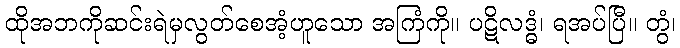
ထိုအဘကိုဆင်းရဲမှလွတ်စေအံ့ဟူသော အကြံကို။ ပဋိလဒ္ဓံ၊ ရအပ်ပြီ။ တွံ၊